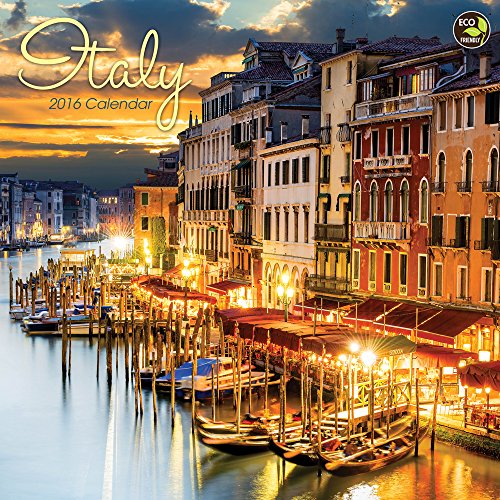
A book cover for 2016 Italy Wall Calendar; TF Publishing; Arts & Photography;